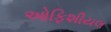
ઓફિશીયલ